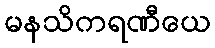
မနသိကရဏီယေ